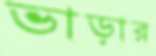
ভাড়ার